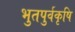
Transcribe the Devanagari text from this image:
भुतपुर्वकृषि